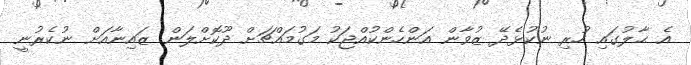
އެ ޙާލުގައި ހުރި ނުކުޅެދޭ ޒުވާން އަންހެންކުއްޖަކު މަގުމައްޗަށް ދޫކޮށްލަން ޒައިނާއަށް ނުކެރުނީ